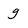
Character: g